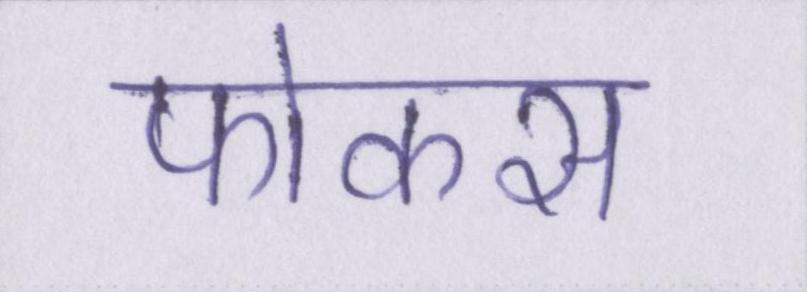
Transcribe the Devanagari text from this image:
फोकस